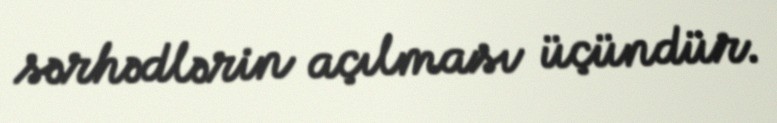
sərhədlərin açılması üçündür.